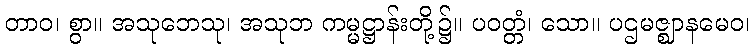
တာဝ၊ စွာ။ အသုဘေသု၊ အသုဘ ကမ္မဋ္ဌာန်းတို့၌။ ပဝတ္တံ၊ သော။ ပဌမဇ္ဈာနမေဝ၊